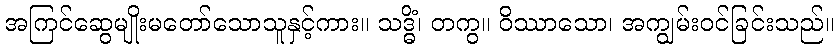
အကြင်ဆွေမျိုးမတော်သောသူနှင့်ကား။ သဒ္ဓိံ၊ တကွ။ ဝိဿာသော၊ အကျွမ်းဝင်ခြင်းသည်။